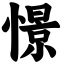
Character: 憬